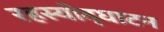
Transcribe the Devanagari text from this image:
रहस्‍योद्घाटन